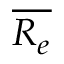
\overline { { R _ { e } } }